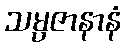
သမ္ပဇာနာနံ